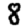
Digit: 8